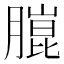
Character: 𮌴